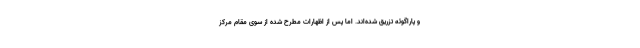
و پاراگوئه تزریق شده‌اند. اما پس از اظهارات مطرح شده از سوی مقام مرکز